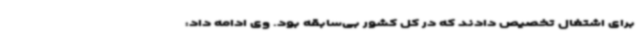
برای اشتغال تخصیص دادند که در کل کشور بی‌سابقه بود. وی ادامه داد: